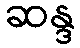
ဆန္ဒ